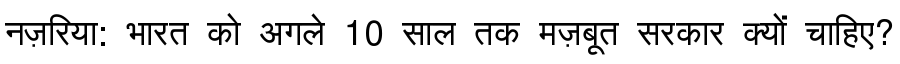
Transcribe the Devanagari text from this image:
नज़रिया: भारत को अगले 10 साल तक मज़बूत सरकार क्यों चाहिए?